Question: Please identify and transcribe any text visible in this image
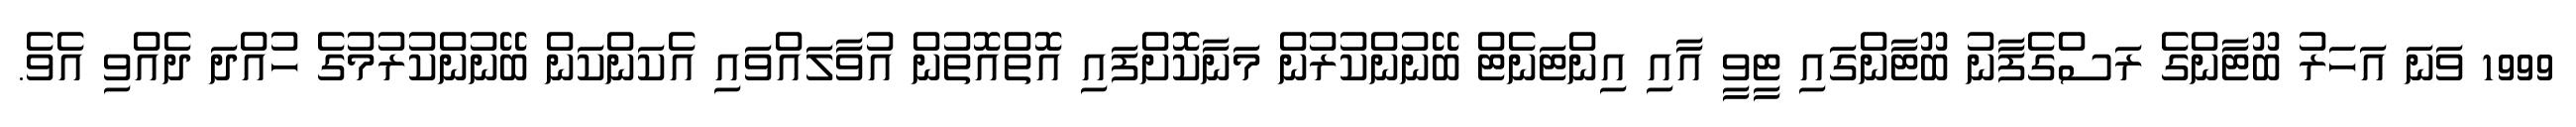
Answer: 1999 ވަނަ އަހަރު ބޫޓާންގެ ރަސްގެފާނު ބޫޓާންގައި ޓީވީ އާއި އިންޓަނެޓް ބޭނުންކުރުން މަނާކޮށްފައި އޮތްއޮތުން އުވާލައްވައި އެކަންކަން ބޭނުންކުރުމުގެ ހުއްދަ ދެއްވި އެވެ.